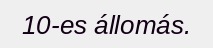
10-es állomás.